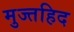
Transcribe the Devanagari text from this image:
मुज्तहिद